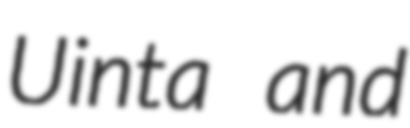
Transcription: Uinta and